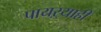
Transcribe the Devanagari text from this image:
पायऱ्याही